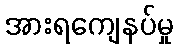
အားရကျေနပ်မှု